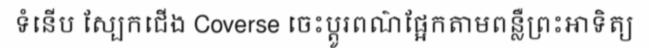
ទំនើប ស្បែកជើង Coverse ចេះប្តូរពណ៌ផ្អែកតាមពន្លឺព្រះអាទិត្យ